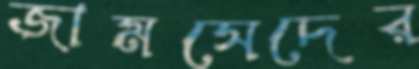
জামসেদের